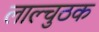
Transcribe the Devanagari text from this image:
लाल्चुठक